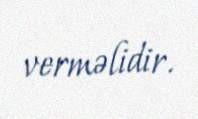
verməlidir.